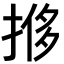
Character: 𫽎